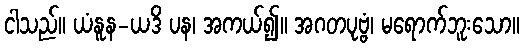
ငါသည်။ ယံနူန-ယဒိ ပန၊ အကယ်၍။ အဂတပုဗ္ဗံ၊ မရောက်ဘူးသော။